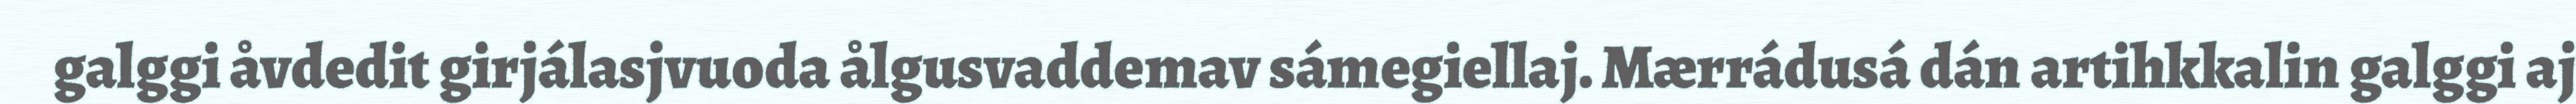
galggi åvdedit girjálasjvuoda ålgusvaddemav sámegiellaj. Mærrádusá dán artihkkalin galggi aj